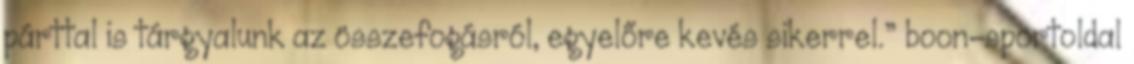
párttal is tárgyalunk az összefogásról, egyelőre kevés sikerrel.” boon-sportoldal